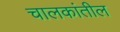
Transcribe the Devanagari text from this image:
चालकांतील